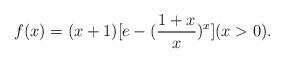
LaTeX: \begin{align*}f(x)=(x+1)[e-(\frac{1+x}{x})^{x}]( x>0 ).\end{align*}